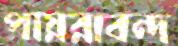
পায়রাবন্দ